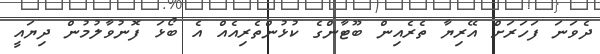
ދެވަނަ ފަހަރަށް އޭރިޔާ ތެރެއިން ބޫޓާންގެ ކުޅުންތެރިއެއް އެ ބޯޅަ ފޮނުވާލުމުން ދިޔައީ